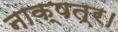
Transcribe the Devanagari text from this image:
नाक्षत्र।